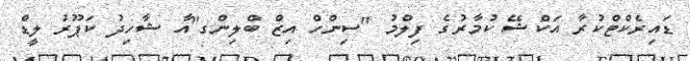
ޑައިރެކްޓްކުރާ އަކްޝޭ ކުމާރުގެ ފިލްމު ''ސިންހް އިޒް ބްލިންގ''އާ ޝާހިދު ކަޕޫރު ލީޑް